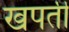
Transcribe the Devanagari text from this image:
खपती